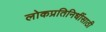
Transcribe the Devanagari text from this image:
लोकप्रतिनिधींसाठी